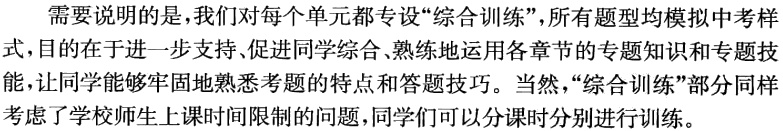
需要说明的是，我们对每个单元都专设“综合训练”，所有题型均模拟中考样式，目的在于进一步支持、促进同学综合、熟练地运用各章节的专题知识和专题技能，让同学能够牢固地熟悉考题的特点和答题技巧。当然，“综合训练”部分同样考虑了学校师生上课时间限制的问题，同学们可以分课时分别进行训练。